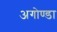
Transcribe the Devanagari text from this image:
अगोण्डा